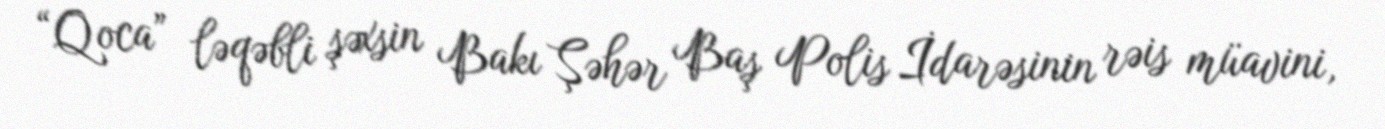
“Qoca” ləqəbli şəxsin Bakı Şəhər Baş Polis İdarəsinin rəis müavini,